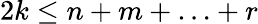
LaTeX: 2k\leq n+m+\ldots+r